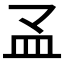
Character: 𰤳